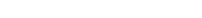
١٠٩